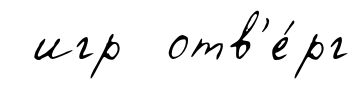
игр отв'е́рг